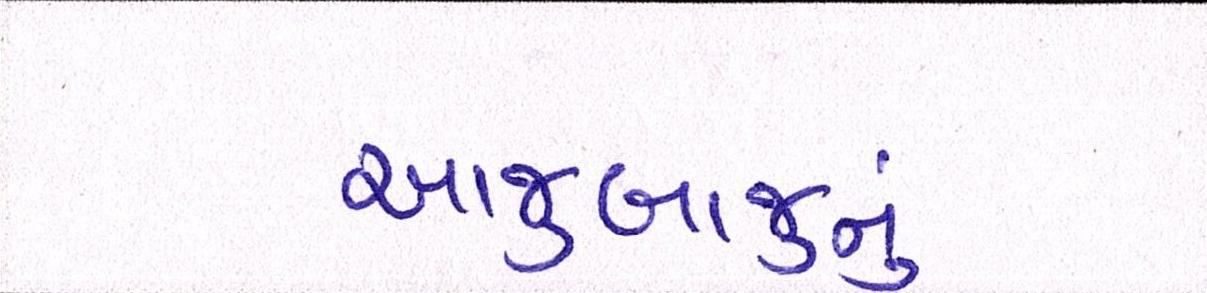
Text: આજુબાજુનું